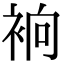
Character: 𧙹